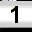
Digit: 1